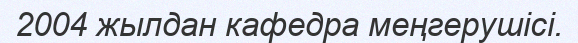
2004 жылдан кафедра меңгерушісі.